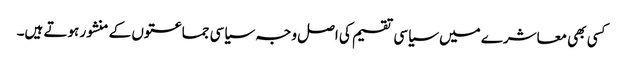
کسی بھی معاشرے میں سیاسی تقسیم کی اصل وجہ سیاسی جماعتوں کے منشور ہوتے ہیں۔